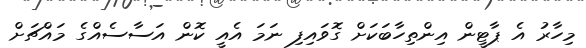
މިހާރު އެ ޕާޓީން އިންތިހާބަކަށް ގޮވައިފި ނަމަ އެއީ ކޮން އަސާސެއްގެ މައްޗަށް